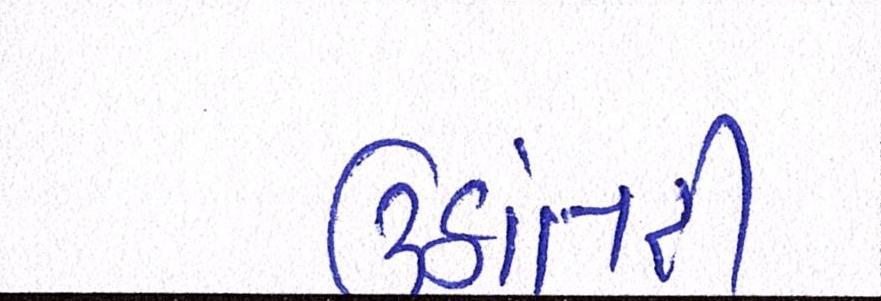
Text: ઉઠાંતરી